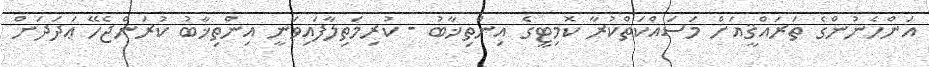
އަންހެނުންގެ ތަރައްޤީއަށް މަސައްކަތްކުރާ ކޮމިޓީގެ އިންތިޚާބު - ކުރިމަތިލާފައިވަނީ އިންތިޚާބު ކުރަންޖެހޭ ޢަދަދަށް